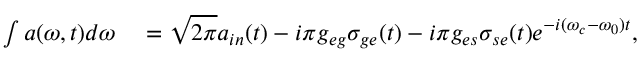
\begin{array} { r l } { \int a ( \omega , t ) d \omega } & { { } = \sqrt { 2 \pi } a _ { i n } ( t ) - i \pi g _ { e g } \sigma _ { g e } ( t ) - i \pi g _ { e s } \sigma _ { s e } ( t ) e ^ { - i ( \omega _ { c } - \omega _ { 0 } ) t } , } \end{array}